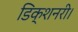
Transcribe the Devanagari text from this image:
डिक्शनरी।